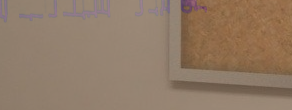
توصيل طلبات الطعام السريع